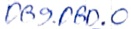
Text: DB9.DB0.0